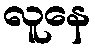
လူနေ